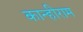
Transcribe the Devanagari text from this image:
कान्हीराम